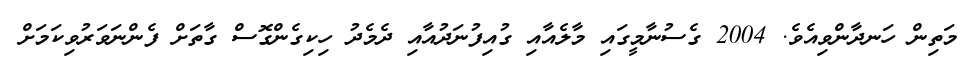
މަތިން ހަނދާންވިއެވެ. 2004 ގެސުނާމީގައި މާލެއާއި ގުއިފުނަދުއާއި ދެމެދު ހިކިގެންގޮސް ގާތަށް ފެންނަވަރުވިކަމަށް